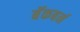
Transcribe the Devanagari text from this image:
बॅकबर्न